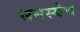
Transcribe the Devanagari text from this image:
समस्येच